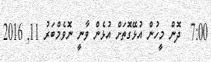
7:00  ދޮން މީހުން އުޅޭގޮތަށް އުޅެން ވާނީ ނޮވެމްބަރު 11